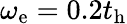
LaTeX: \omega_{\mathrm{e}}=0.2t_{\mathrm{h}}